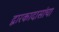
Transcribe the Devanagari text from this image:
द्वारकादासांचा